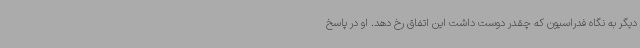
دیگر به نگاه فدراسیون که چقدر دوست داشت این اتفاق رخ دهد. او در پاسخ